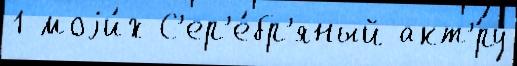
1 моjи́х С'ер'е́бр'яный акт'́ру